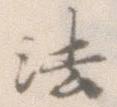
法